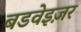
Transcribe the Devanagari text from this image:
बडवेइज़र